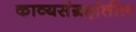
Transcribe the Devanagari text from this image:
काव्यसंग्रहांतील